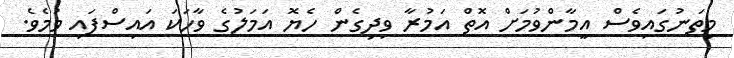
މިތަނުގައިވެސް އީމާންވުމަށް އޮތް އަމުރާ ވިދިގެން ހެޔޮ އަމަލުގެ ވާހަކަ އައިސްފައި ވުމެވެ.